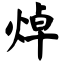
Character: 焯